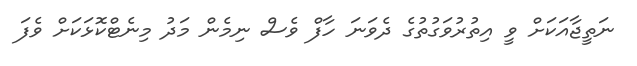
ނަތީޖާއަކަށް ވީ އިތުރުވަގުތުގެ ދެވަނަ ހާފް ވެސް ނިމެން މަދު މިނެޓްކޮޅަކަށް ވެފަ